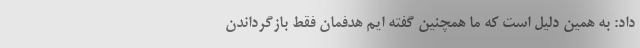
داد: به همین دلیل است که ما همچنین گفته ایم هدفمان فقط بازگرداندن